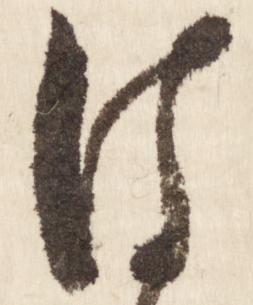
は